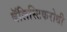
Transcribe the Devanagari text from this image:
बॅलिस्टिकरोधी